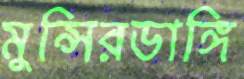
মুন্সিরডাঙ্গি